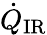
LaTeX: \dot{Q}_{\mathrm{IR}}